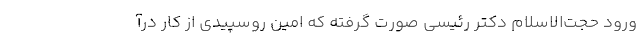
ورود حجت‌الاسلام دکتر رئیسی صورت گرفته که امین روسپیدی از کار درآ